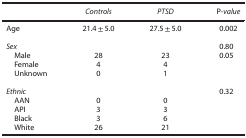
<table><thead><tr><td><b> </b></td><td><b><i>Controls</i></b></td><td><b><i>PTSD</i></b></td><td><b>P-<i>value</i></b></td></tr></thead><tbody><tr><td>Age</td><td>21.4±5.0</td><td>27.5±5.0</td><td>0.002</td></tr><tr><td> </td><td> </td><td> </td><td> </td></tr><tr><td><i>Sex</i></td><td> </td><td> </td><td>0.80</td></tr><tr><td> Male</td><td>28</td><td>23</td><td>0.05</td></tr><tr><td> Female</td><td>4</td><td>4</td><td> </td></tr><tr><td> Unknown</td><td>0</td><td>1</td><td> </td></tr><tr><td> </td><td> </td><td> </td><td> </td></tr><tr><td><i>Ethnic</i></td><td> </td><td> </td><td>0.32</td></tr><tr><td> AAN</td><td>0</td><td>0</td><td> </td></tr><tr><td> API</td><td>3</td><td>3</td><td> </td></tr><tr><td> Black</td><td>3</td><td>6</td><td> </td></tr><tr><td> White</td><td>26</td><td>21</td><td> </td></tr></tbody></table>